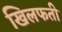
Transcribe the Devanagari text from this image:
खिलफती